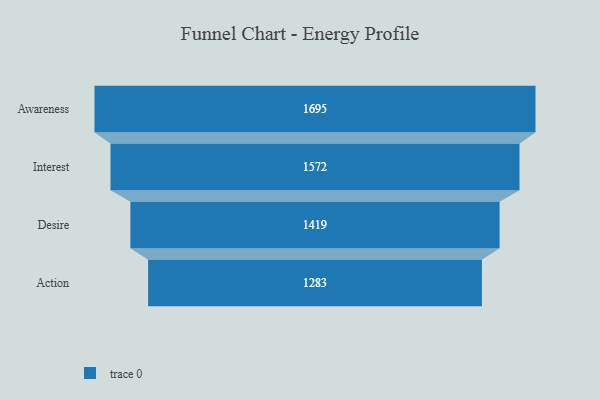
{"axis": {"x": "Stage", "y": "Value"}, "legend": [""], "data": [{"x": "Awareness", "y": 1695.0, "type": ""}, {"x": "Interest", "y": 1572.0, "type": ""}, {"x": "Desire", "y": 1419.0, "type": ""}, {"x": "Action", "y": 1283.0, "type": ""}]}